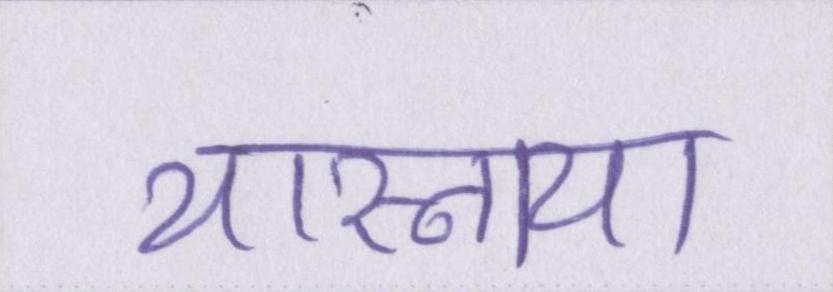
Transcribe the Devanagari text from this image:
यास्नाया